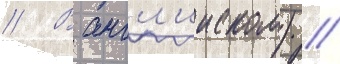
// В англ'ииском) //